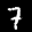
Label: 7